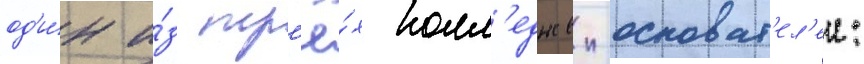
од'и́н и́з тр'ё́х колл'еджеи-основат'ел'еи: